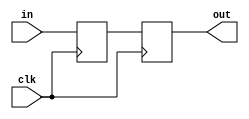
// This program was cloned from: https://github.com/alexforencich/verilog-uart
// License: MIT License

/*

Copyright (c) 2014-2017 Alex Forencich

Permission is hereby granted, free of charge, to any person obtaining a copy
of this software and associated documentation files (the "Software"), to deal
in the Software without restriction, including without limitation the rights
to use, copy, modify, merge, publish, distribute, sublicense, and/or sell
copies of the Software, and to permit persons to whom the Software is
furnished to do so, subject to the following conditions:

The above copyright notice and this permission notice shall be included in
all copies or substantial portions of the Software.

THE SOFTWARE IS PROVIDED "AS IS", WITHOUT WARRANTY OF ANY KIND, EXPRESS OR
IMPLIED, INCLUDING BUT NOT LIMITED TO THE WARRANTIES OF MERCHANTABILITY
FITNESS FOR A PARTICULAR PURPOSE AND NONINFRINGEMENT. IN NO EVENT SHALL THE
AUTHORS OR COPYRIGHT HOLDERS BE LIABLE FOR ANY CLAIM, DAMAGES OR OTHER
LIABILITY, WHETHER IN AN ACTION OF CONTRACT, TORT OR OTHERWISE, ARISING FROM,
OUT OF OR IN CONNECTION WITH THE SOFTWARE OR THE USE OR OTHER DEALINGS IN
THE SOFTWARE.

*/

// Language: Verilog-2001

`timescale 1 ns / 1 ps

/*
 * Synchronizes an asyncronous signal to a given clock by using a pipeline of
 * two registers.
 */
module sync_signal #(
    parameter WIDTH=1, // width of the input and output signals
    parameter N=2 // depth of synchronizer
)(
    input wire clk,
    input wire [WIDTH-1:0] in,
    output wire [WIDTH-1:0] out
);

reg [WIDTH-1:0] sync_reg[N-1:0];

/*
 * The synchronized output is the last register in the pipeline.
 */
assign out = sync_reg[N-1];

integer k;

always @(posedge clk) begin
    sync_reg[0] <= in;
    for (k = 1; k < N; k = k + 1) begin
        sync_reg[k] <= sync_reg[k-1];
    end
end

endmodule